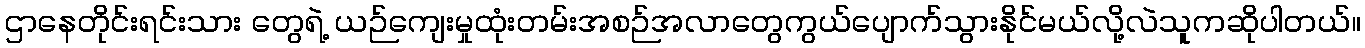
ဌာနေတိုင်းရင်းသား တွေရဲ့ ယဉ်ကျေးမှုထုံးတမ်းအစဉ်အလာတွေကွယ်ပျောက်သွားနိုင်မယ်လို့လဲသူကဆိုပါတယ်။